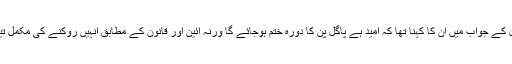
ایک سوال کے جواب میں ان کا کہنا تھا کہ امید ہے پاگل پن کا دورہ ختم ہوجائے گا ورنہ آئین اور قانون کے مطابق انہیں روکنے کی مکمل تیاری ہے۔